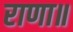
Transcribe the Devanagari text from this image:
राणा॥